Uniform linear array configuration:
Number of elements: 32
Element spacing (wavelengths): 1
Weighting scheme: hann
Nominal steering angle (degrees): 60
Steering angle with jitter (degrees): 59.433
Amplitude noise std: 0.05
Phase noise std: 0.05

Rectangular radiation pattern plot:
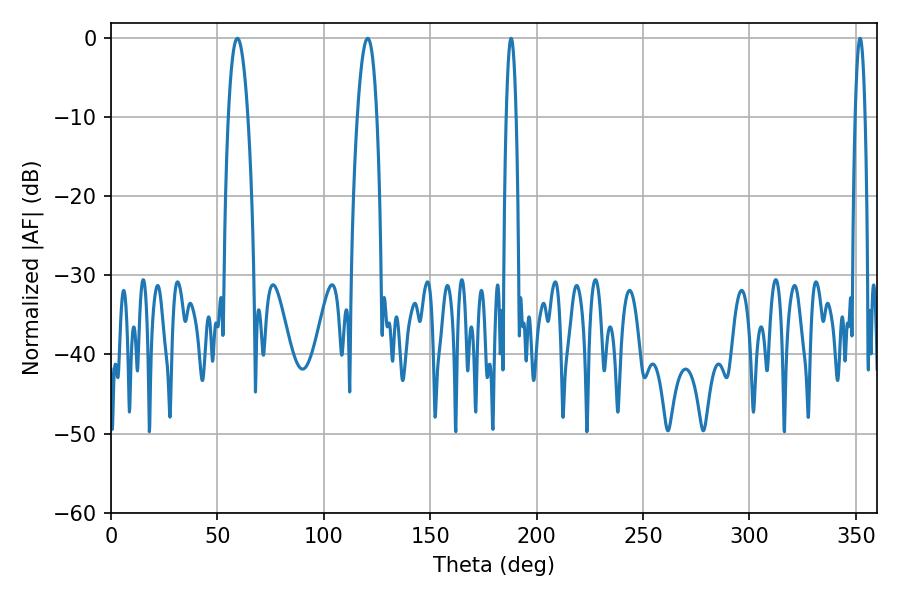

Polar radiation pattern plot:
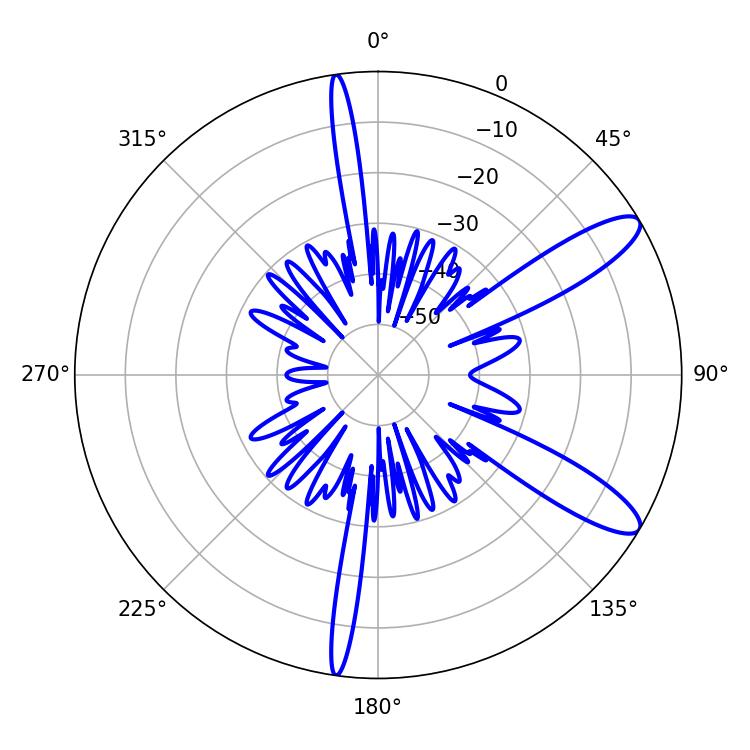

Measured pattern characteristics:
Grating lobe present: TRUE
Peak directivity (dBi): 11.211
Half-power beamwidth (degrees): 5.22
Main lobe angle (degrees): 59.4